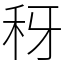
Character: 䄰